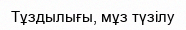
Тұздылығы, мұз түзілу